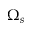
\Omega _ { s }